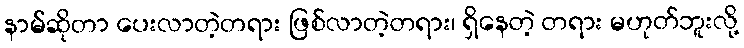
နာမ်ဆိုတာ ပေးလာတဲ့တရား ဖြစ်လာတဲ့တရား၊ ရှိနေတဲ့ တရား မဟုတ်ဘူးလို့